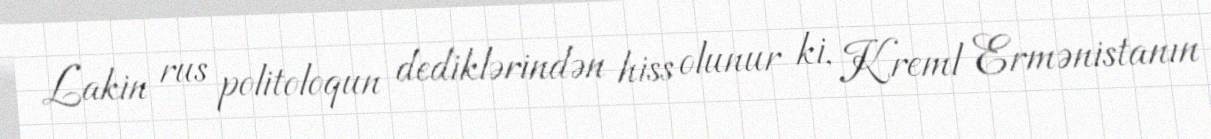
Lakin rus politoloqun dediklərindən hiss olunur ki, Kreml Ermənistanın